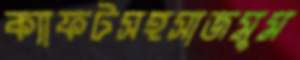
ক্যাফটসহসাজমুম